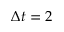
\Delta t = 2